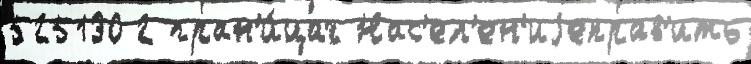
525130 2 гран'и́цах Нас'ел'ен'иjеправ'ить